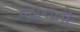
જાનતી